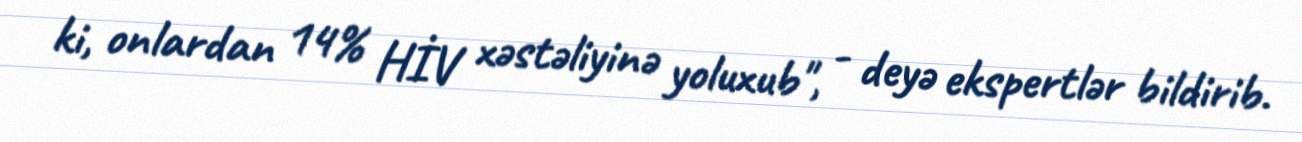
ki, onlardan 14% HİV xəstəliyinə yoluxub", - deyə ekspertlər bildirib.